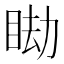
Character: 䀷